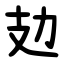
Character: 攰